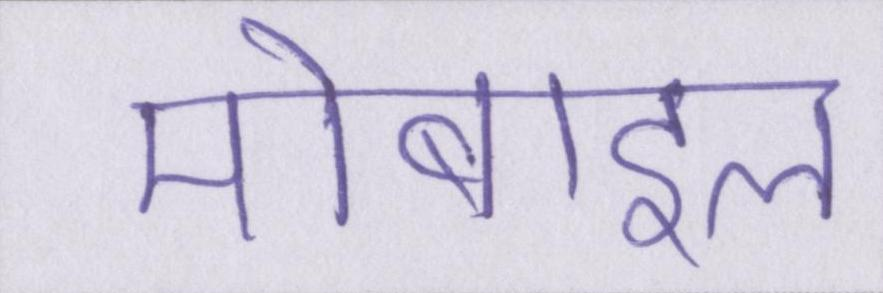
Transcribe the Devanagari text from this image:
मोबाइल